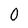
Character: 0